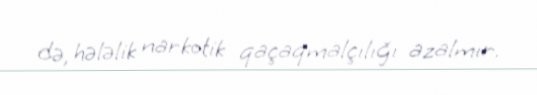
də, hələlik narkotik qaçaqmalçılığı azalmır.